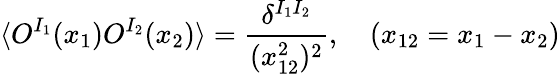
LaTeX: \langle O^{I_{1}}(x_{1})O^{I_{2}}(x_{2})\rangle=\frac{\delta^{I_{1}I_{2}}}{(x_{12}^{2})^{2}},\quad(x_{12}=x_{1}-x_{2})